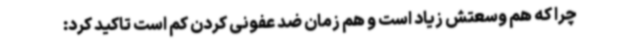
چرا که هم وسعتش زیاد است و هم زمان ضد عفونی کردن کم است تاکید کرد: